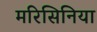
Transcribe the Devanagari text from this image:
मरिसिनिया